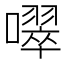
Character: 噿